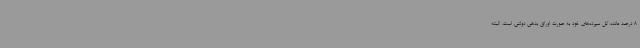
8 درصد مانده کل سپرده‌های خود به صورت اوراق بدهی دولتی است، البته